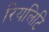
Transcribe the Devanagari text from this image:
रियलिटि